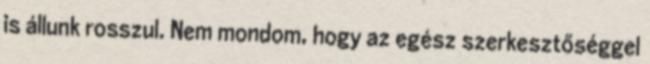
is állunk rosszul. Nem mondom, hogy az egész szerkesztőséggel